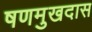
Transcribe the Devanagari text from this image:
षणमुखदास